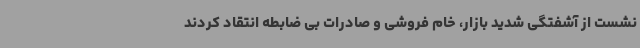
نشست از آشفتگی شدید بازار، خام فروشی و صادرات بی ضابطه انتقاد کردند